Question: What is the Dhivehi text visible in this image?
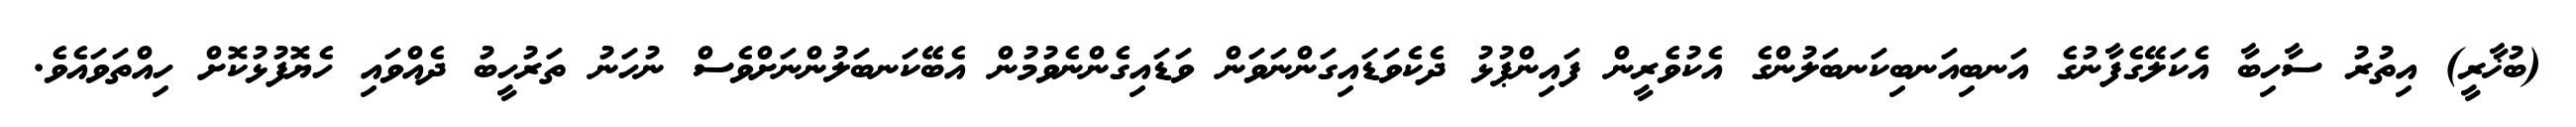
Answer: (ބުޚާރީ) އިތުރު ސާހިބާ އެކަލޭގެފާނުގެ އަނބިއަނބިކަނބަލުންގެ އެކުވެރީން ފައިންޕުޅު ދެކެވަޑައިގަންނަވަން ވަޑައިގެންނެވުމުން އެބޭކަނބަލުންނަށްވެސް ނުހަނު ތަރުހީބު ދެއްވައި ހެޔޮފުޅުކޮށް ހިއްތަވައެވެ.